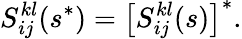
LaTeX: S_{ij}^{kl}(s^{*})=\left[S_{ij}^{kl}(s)\right]^{*}.